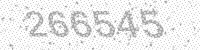
Solution: 266545